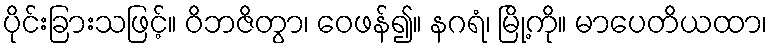
ပိုင်းခြားသဖြင့်။ ဝိဘဇိတွာ၊ ဝေဖန်၍။ နဂရံ၊ မြို့ကို။ မာပေတိယထာ၊